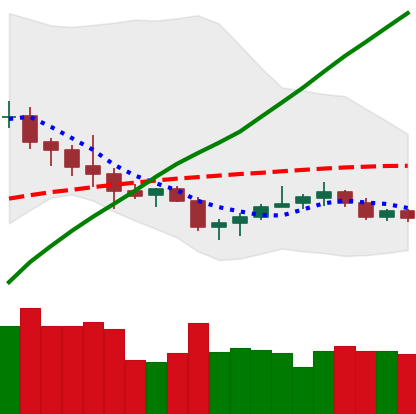
Ticker: NEO-USD
Chart end date: 2020-10-16
Forward return: 8.223%
Label: up_7plus